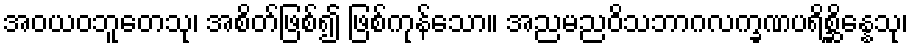
အဝယဝဘူတေသု၊ အစိတ်ဖြစ်၍ ဖြစ်ကုန်သော။ အညမညဝိသဘာဂလက္ခဏပရိစ္ဆိန္နေသု၊